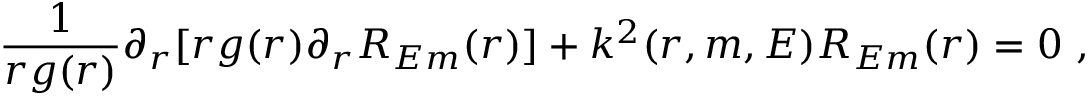
\frac { 1 } { r g ( r ) } \partial _ { r } [ r g ( r ) \partial _ { r } R _ { E m } ( r ) ] + k ^ { 2 } ( r , m , E ) R _ { E m } ( r ) = 0 ~ ,